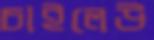
চাইলেউ